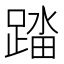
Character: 𰸟